Sketch of the medical history of the native army of Bombay, for the year
Year: 1876
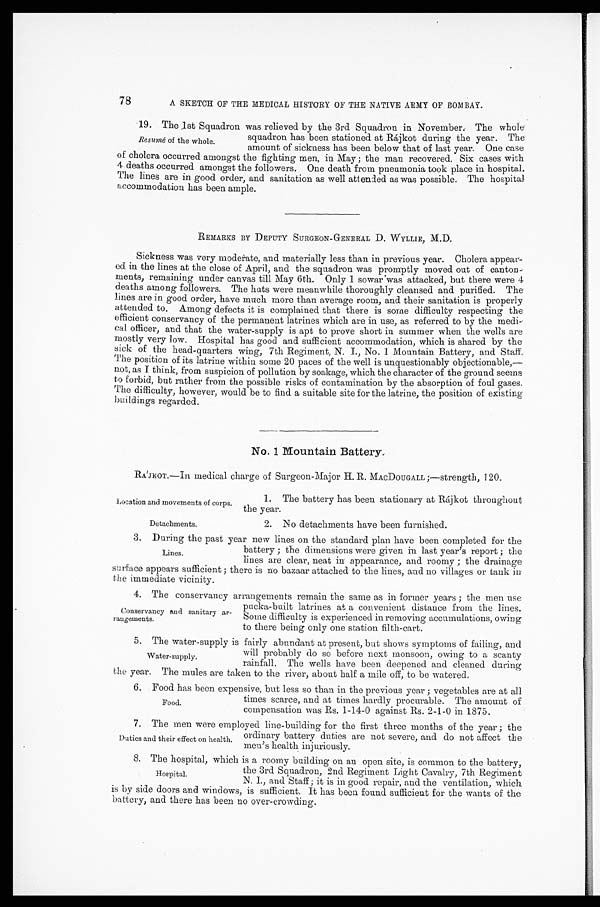
Location and movements of corps.
Detachments.
78
A SKETCH OF THE MEDICAL HISTORY OF THE NATIVE ARMY OF BOMBAY.
19. The 1st Squadron was relieved by the 3rd Squadron in November. The whole
squadron has been stationed at Rájkot during the year. The
amount of sickness has been below that of last year. One case
of cholera occurred amongst the fighting men, in May; the man recovered. Six cases with
4 deaths occurred amongst the followers. One death from pneumonia took place in hospital.
The lines are in good order, and sanitation as well attended as was possible. The hospital
accommodation has been ample.
REMARKS BY DEPUTY SURGEON-GENERAL D. WYLLIE, M.D.
Sickness was very moderate, and materially less than in previous year. Cholera appear-
ed in the lines at the close of April, and the squadron was promptly moved out of canton
-ments, remaining under canvas till May 6th. Only 1 sowar was attacked, but there were 4
deaths among followers. The huts were meanwhile thoroughly cleansed and purified. The
lines are in good order, have much more than average room, and their sanitation is properly
attended to. Among defects it is complained that there is some difficulty respecting the
efficient conservancy of the permanent latrines which are in use, as referred to by the me
d i - c a l o f f i c e r , a n d t h a t t h e w a t e r - s u p p l y i s a p t t o p r o v e s h o r t i n s u m m e r w h e n t h e w e l l s a r e
mostly very low. Hospital has good and sufficient accommodation, which is shared by the
sick of the head-quarters wing, 7th Regiment, N. I., No. 1 Mountain Battery, and Staff.
The position of its latrine within some 20 paces of the well is unquestionably objectionable,
— n o t , a s I t h i n k , f r o m s u s p i c i o n o f p o l l u t i o n b y s o a k a g e , w h i c h t h e c h a r a c t e r o f t h e g r o u n d s e e m s
to forbid, but rather from the possible risks of contamination by the absorption of foul gases.
The difficulty, however, would be to find a suitable site for the latrine, the position of existing
buildings regarded.
No. 1 Mountain Battery.
RA'JKOT.—In medical charge of Surgeon-Major H. R. MACDOUGALL ;—strength, 120.
Resumé of the whole.
1. The battery has been stationary at Rájkot throughout
the year.
2. No detachments have been furnished.
3. During the past year new lines on the standard plan have been completed for the
battery; the dimensions were given in last year's report; the
lines are clear, neat in appearance, and roomy; the drainage
surface appears sufficient; there is no bazaar attached to the lines, and no villages or tank in
the immediate vicinity.
4 . T h e c o n s e r v a n c y a r r a n g e m e n t s r e m a i n t h e s a m e a s i n f o r m e r y e a r s ; t h e m e n u s e
pucka-built latrines at a convenient distance from the lines.
Some difficulty is experienced in removing accumulations, owing
to there being only one station filth-cart.
5 . T h e w a t e r - s u p p l y i s f a i r l y a b u n d a n t a t p r e s e n t , b u t s h o w s s y m p t o m s o f f a i l i n g , a n d
will probably do so before next monsoon, owing to a scanty
rainfall. The wells have been deepened and cleaned during
the year. The mules are taken to the river, about half a mile off, to be watered.
6 . F o o d h a s b e e n e x p e n s i v e , b u t l e s s s o t h a n i n t h e p r e v i o u s y e a r ; v e g e t a b l e s a r e a t a l l
times scarce, and at times hardly procurable. The amount of
compensation was Rs. 1-14-0 against Rs. 2-1-0 in 1875.
7 . T h e m e n w e r e e m p l o y e d l i n e - b u i l d i n g f o r t h e f i r s t t h r e e m o n t h s o f t h e y e a r ; t h e
ordinary battery duties are not severe, and do not affect the
men's health injuriously.
Lines.
Conservancy and sanitary ar
-rangements.
Water-supply.
Food.
Duties and their effect on health.
8. The hospital, which is a roomy building on an open site, is common to the battery,
the 3rd Squadron, 2nd Regiment Light Cavalry, 7th Regiment
N. I., and Staff; it is in good repair, and the ventilation, which
is by side doors and windows, is sufficient. It has been found sufficient for the wants of the
battery, and there has been no over-crowding.
Hospital.